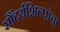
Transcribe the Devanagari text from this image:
सौंदर्यशिल्पांचा